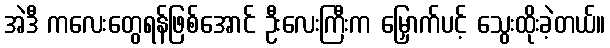
အဲဒီ ကလေးတွေရန်ဖြစ်အောင် ဦးလေးကြီးက မြှောက်ပင့် သွေးထိုးခဲ့တယ်။